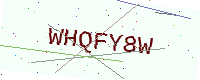
Text: WHQFY8W